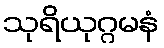
သုရိယုဂ္ဂမနံ